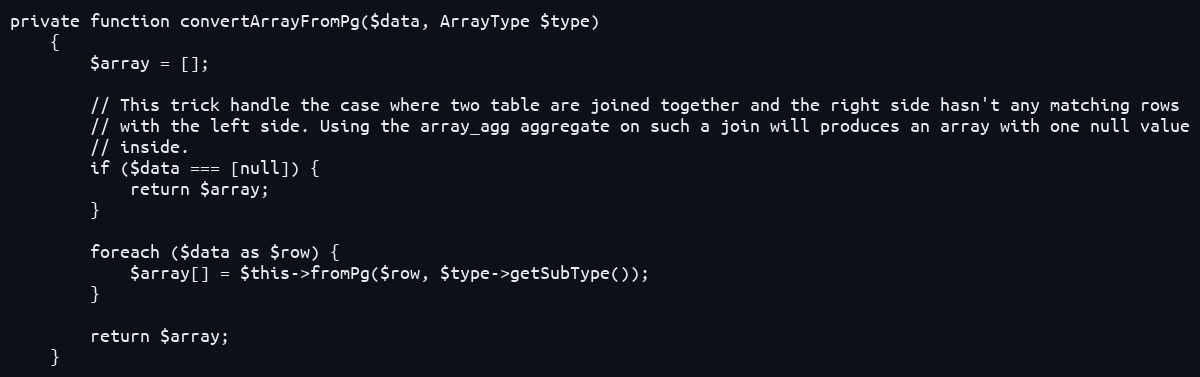
Language: PHP
private function convertArrayFromPg($data, ArrayType $type)
    {
        $array = [];

        // This trick handle the case where two table are joined together and the right side hasn't any matching rows
        // with the left side. Using the array_agg aggregate on such a join will produces an array with one null value
        // inside.
        if ($data === [null]) {
            return $array;
        }

        foreach ($data as $row) {
            $array[] = $this->fromPg($row, $type->getSubType());
        }

        return $array;
    }